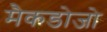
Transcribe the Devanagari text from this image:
मैकडोजो